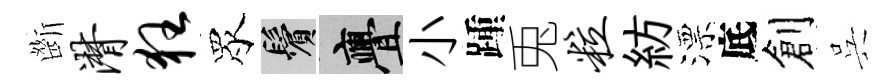
㫁潸狂眾鬢亹小踵兎粒紡漂底創呉